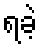
ရခဲ့